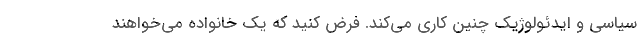
سیاسی و ایدئولوژیک چنین کاری می‌کند. فرض کنید که یک خانواده می‌خواهند